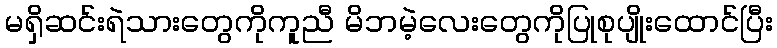
မရှိဆင်းရဲသားတွေကိုကူညီ မိဘမဲ့လေးတွေကိုပြုစုပျိုးထောင်ပြီး